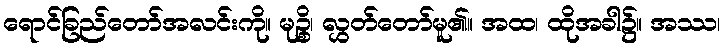
ရောင်ခြည်တော်အလင်းကို။ မုဉ္စိ၊ လွှတ်တော်မူ၏။ အထ၊ ထိုအခါ၌။ အဿ၊